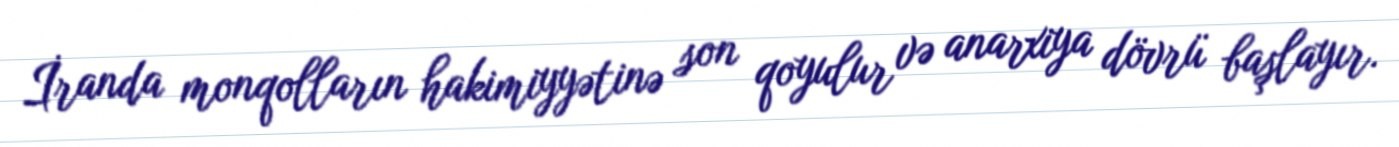
İranda monqolların hakimiyyətinə son qoyulur və anarxiya dövrü başlayır.